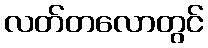
လတ်တလောတွင်